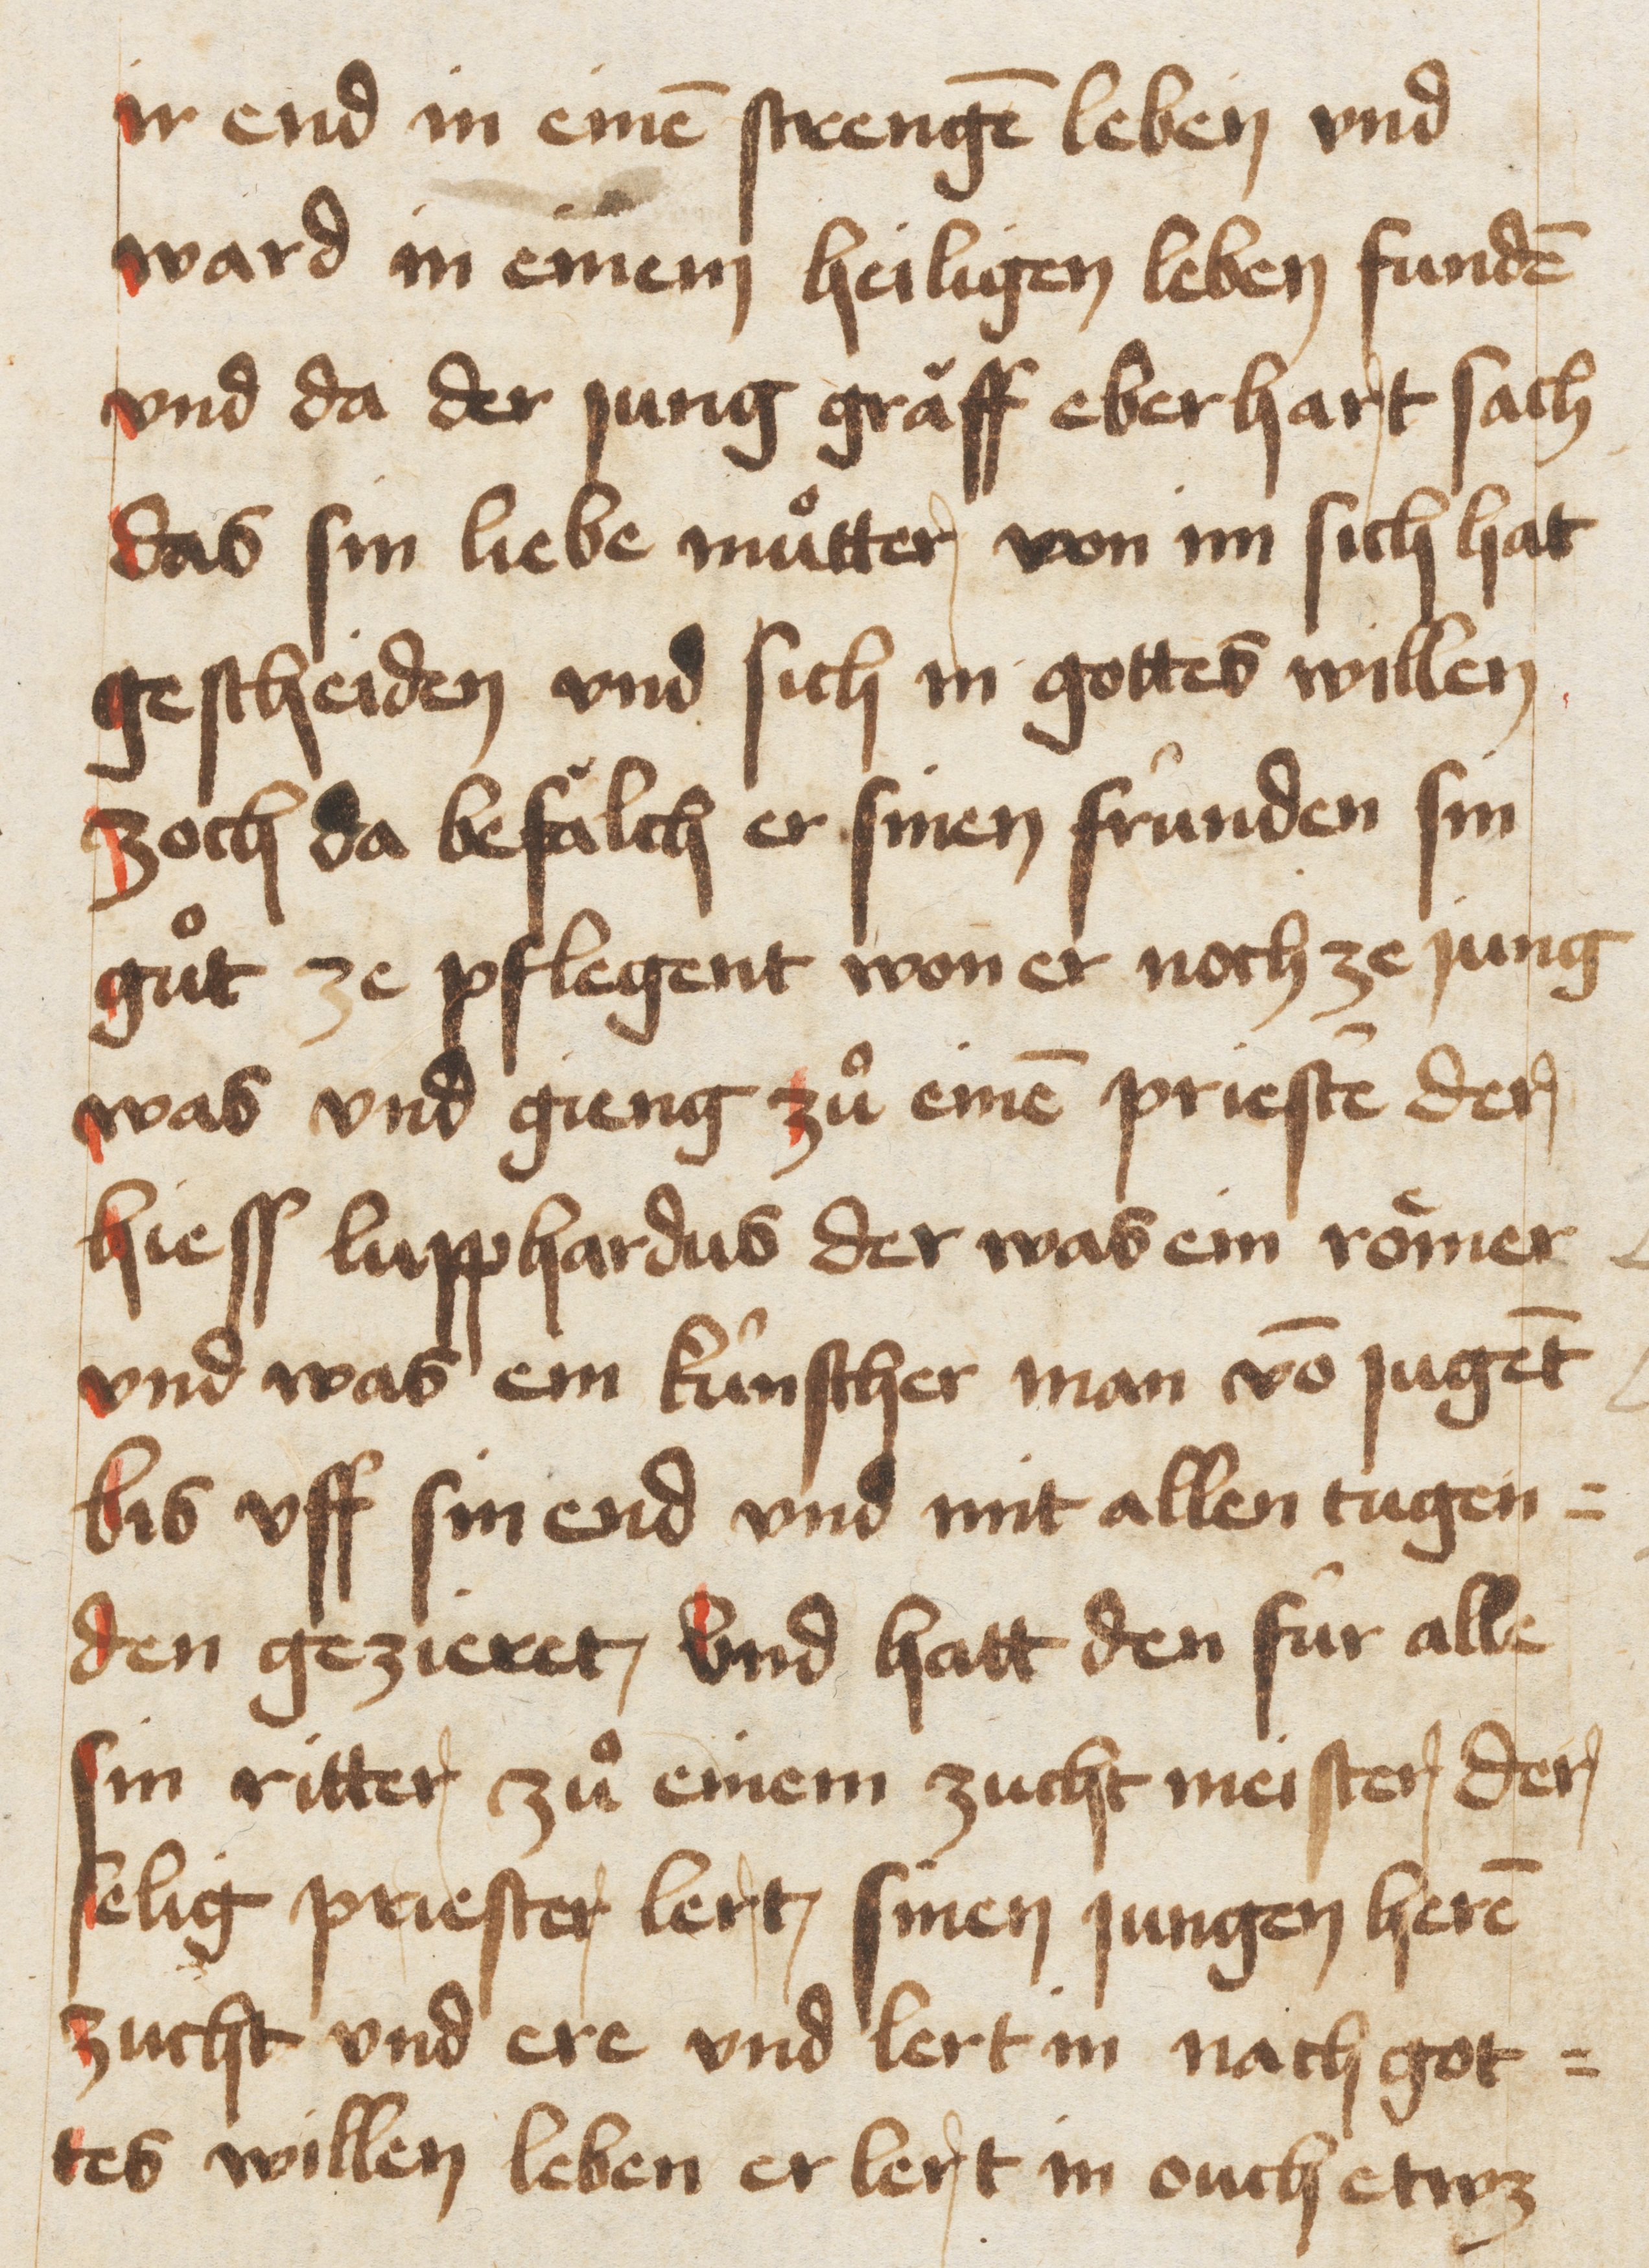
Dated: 1467–1467